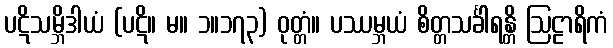
ပဋိသမ္ဘိဒါယံ (ပဋိ။ မ။ ၁။၁၇၃) ဝုတ္တံ။ ပဿမ္ဘယံ စိတ္တသင်္ခါရန္တိ ဩဠာရိကံ